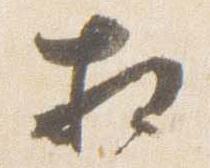
相